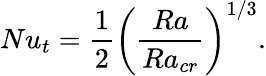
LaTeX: Nu_{t}=\frac{1}{2}\left(\frac{Ra}{Ra_{cr}}\right)^{1/3}.